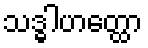
သဒ္ဓါဟတ္ထော